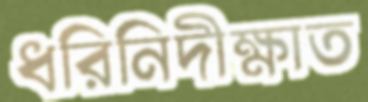
ধরিনিদীক্ষাত